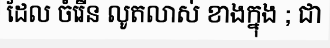
ដែល ចំរើន លូតលាស់ ខាងក្នុង ; ជា